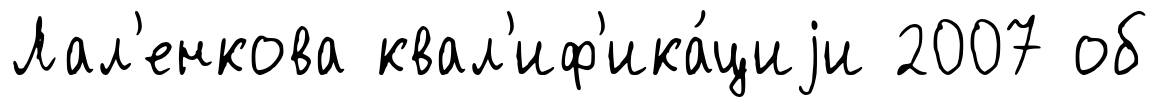
Лал'енкова квал'иф'ика́циjи 2007 об